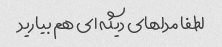
لطفا مدلهای دیگه ای هم بیارید